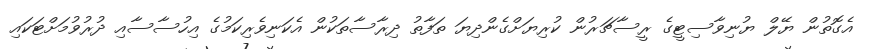
އެގޮތުން ޔޭލް ޔުނިވާސިޓީގެ ރީސާޗަރުން ކުރިޔަށްގެންދިޔަ ތަފާތު ދިރާސާތަކުން އެކަނިވެރިކަމުގެ އިހުސާސާއި ދުރުވުމަށްޓަކައި